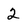
Character: 2